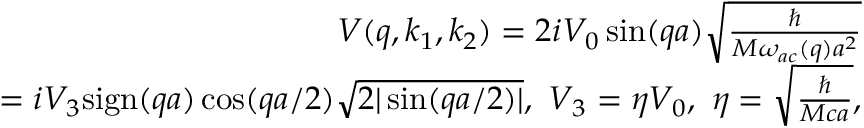
\begin{array} { r } { V ( q , k _ { 1 } , k _ { 2 } ) = 2 i V _ { 0 } \sin ( q a ) \sqrt { \frac { \hbar } { M \omega _ { a c } ( q ) a ^ { 2 } } } } \\ { = i V _ { 3 } \mathrm { s i g n } ( q a ) \cos ( q a / 2 ) \sqrt { 2 | \sin ( q a / 2 ) | } , ~ V _ { 3 } = \eta V _ { 0 } , ~ \eta = \sqrt { \frac { \hbar } { M c a } } , } \end{array}